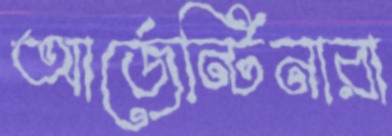
আর্জেন্টিনারা